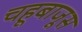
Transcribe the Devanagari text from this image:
चहूबाजूस